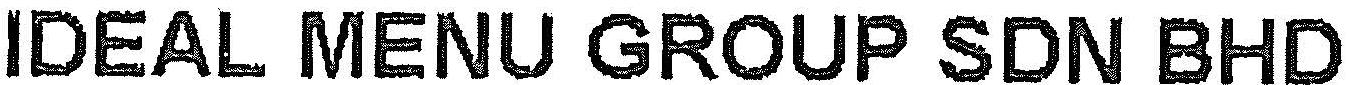
IDEAL MENU GROUP SDN BHD